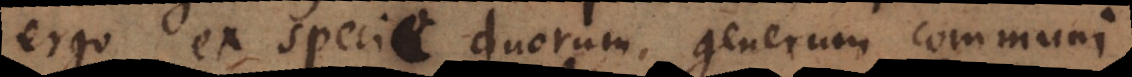
ergo ex specie duorum generum